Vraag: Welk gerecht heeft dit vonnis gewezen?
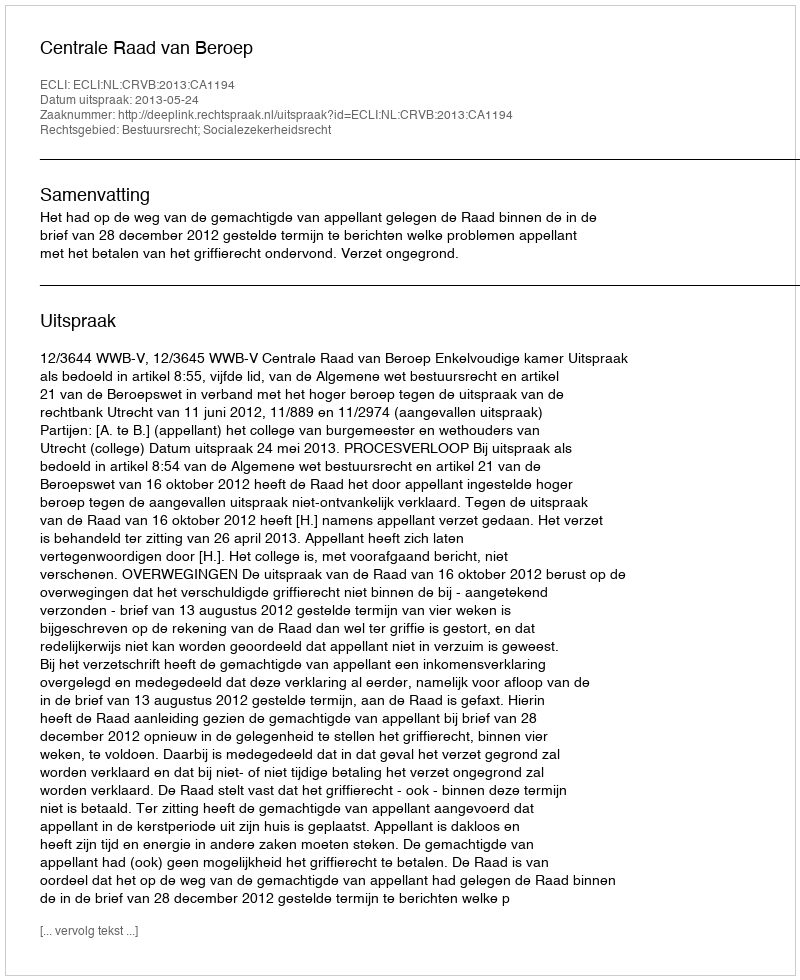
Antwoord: Centrale Raad van Beroep